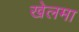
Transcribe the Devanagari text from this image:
खेलमा